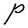
Character: P